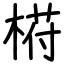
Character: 﨓